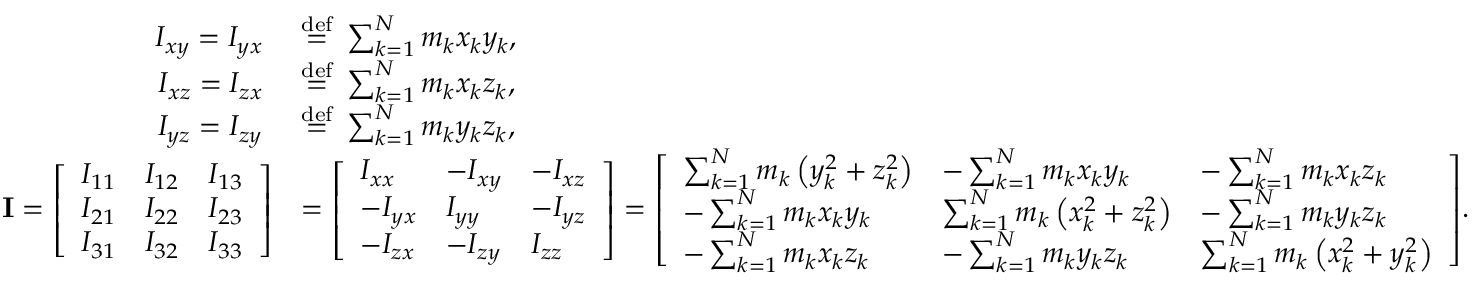
{ \begin{array} { r l } { I _ { x y } = I _ { y x } \ } & { { \stackrel { \mathrm { d e f } } { = } } \ \sum _ { k = 1 } ^ { N } m _ { k } x _ { k } y _ { k } , } \\ { I _ { x z } = I _ { z x } \ } & { { \stackrel { \mathrm { d e f } } { = } } \ \sum _ { k = 1 } ^ { N } m _ { k } x _ { k } z _ { k } , } \\ { I _ { y z } = I _ { z y } \ } & { { \stackrel { \mathrm { d e f } } { = } } \ \sum _ { k = 1 } ^ { N } m _ { k } y _ { k } z _ { k } , } \\ { \mathbf { I } = { \left[ \begin{array} { l l l } { I _ { 1 1 } } & { I _ { 1 2 } } & { I _ { 1 3 } } \\ { I _ { 2 1 } } & { I _ { 2 2 } } & { I _ { 2 3 } } \\ { I _ { 3 1 } } & { I _ { 3 2 } } & { I _ { 3 3 } } \end{array} \right] } } & { = { \left[ \begin{array} { l l l } { I _ { x x } } & { - I _ { x y } } & { - I _ { x z } } \\ { - I _ { y x } } & { I _ { y y } } & { - I _ { y z } } \\ { - I _ { z x } } & { - I _ { z y } } & { I _ { z z } } \end{array} \right] } = { \left[ \begin{array} { l l l } { \sum _ { k = 1 } ^ { N } m _ { k } \left( y _ { k } ^ { 2 } + z _ { k } ^ { 2 } \right) } & { - \sum _ { k = 1 } ^ { N } m _ { k } x _ { k } y _ { k } } & { - \sum _ { k = 1 } ^ { N } m _ { k } x _ { k } z _ { k } } \\ { - \sum _ { k = 1 } ^ { N } m _ { k } x _ { k } y _ { k } } & { \sum _ { k = 1 } ^ { N } m _ { k } \left( x _ { k } ^ { 2 } + z _ { k } ^ { 2 } \right) } & { - \sum _ { k = 1 } ^ { N } m _ { k } y _ { k } z _ { k } } \\ { - \sum _ { k = 1 } ^ { N } m _ { k } x _ { k } z _ { k } } & { - \sum _ { k = 1 } ^ { N } m _ { k } y _ { k } z _ { k } } & { \sum _ { k = 1 } ^ { N } m _ { k } \left( x _ { k } ^ { 2 } + y _ { k } ^ { 2 } \right) } \end{array} \right] } . } \end{array} }